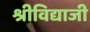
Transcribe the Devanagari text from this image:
श्रीविद्याजी